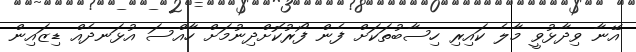
އޭނާ ވިދާޅުވީ މާލެ ކައިރި ހިސާބުތަކަށް ފެން ފޯރުކޮށްދިނުމަށް ހާއްސަ އުޅަނދެއް ޑިޒައިން